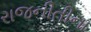
રાજનીતીના